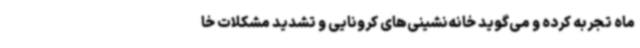
ماه تجربه کرده و می‌گوید خانه‌نشینی‌های کرونایی و تشدید مشکلات خا